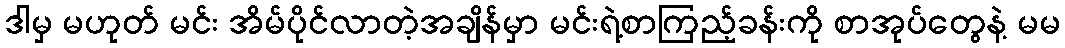
ဒါမှ မဟုတ် မင်း အိမ်ပိုင်လာတဲ့အချိန်မှာ မင်းရဲ့စာကြည့်ခန်းကို စာအုပ်တွေနဲ့ မမ